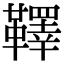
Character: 𩍜